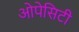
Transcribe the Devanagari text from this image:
ओपेसिटी